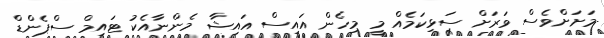
މަށަށްވެސް ވަރަށް ސަޅިކަމެއް މީ މިހެން އައިސް އައިޝާ މެންނާއެކު ޓައިމް ސްޕެންޑް